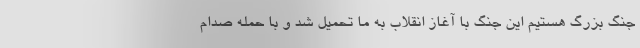
جنگ بزرگ هستیم این جنگ با آغاز انقلاب به ما تحمیل شد و با حمله صدام